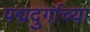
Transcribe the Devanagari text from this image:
पद्मदुर्गाच्या